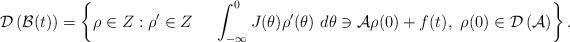
LaTeX: \begin{align*}\mathcal{D}\left(\mathcal{B}(t)\right) = \left\lbrace \rho \in Z: \rho' \in Z~~~~\int_{-\infty}^{0}J(\theta) \rho'(\theta) \ d\theta \ni \mathcal{A} \rho(0) + f(t), ~\rho(0) \in \mathcal{D}\left(\mathcal{A}\right) \right\rbrace.\end{align*}